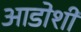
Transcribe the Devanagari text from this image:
आडोशी